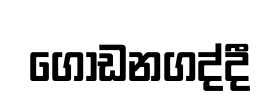
ගොඩනගද්දී